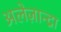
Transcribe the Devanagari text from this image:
अलेज़ान्द्रा